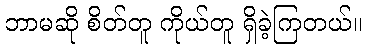
ဘာမဆို စိတ်တူ ကိုယ်တူ ရှိခဲ့ကြတယ်။